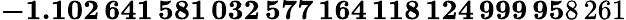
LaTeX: \mathbf{-1.102\, 641\, 581\, 032\, 577\, 164\, 118\, 124\, 999\, 95}8\, 261